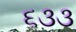
૬૩૩